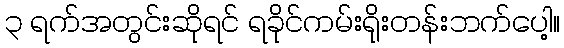
၃ ရက်အတွင်းဆိုရင် ရခိုင်ကမ်းရိုးတန်းဘက်ပေါ့။